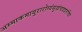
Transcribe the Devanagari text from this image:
अस्माकमायुरारोग्यंसुखंचददतांचिरं